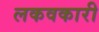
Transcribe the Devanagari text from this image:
लकवकारी